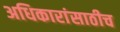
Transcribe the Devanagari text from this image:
अधिकारांसाठीच